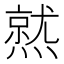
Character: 𤏅